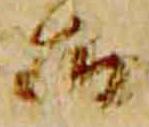
御